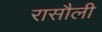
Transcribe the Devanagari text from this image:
रासौली